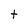
Character: t